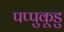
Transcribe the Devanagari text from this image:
पप्पुकूडु